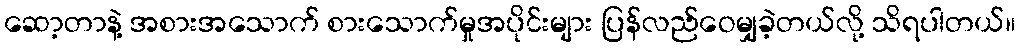
ဆော့တာနဲ့ အစားအသောက် စားသောက်မှုအပိုင်းများ ပြန်လည်ဝေမျှခဲ့တယ်လို့ သိရပါတယ်။